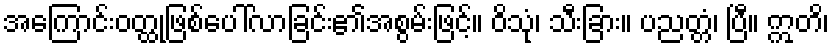
အကြောင်းဝတ္ထုဖြစ်ပေါ်လာခြင်း၏အစွမ်းဖြင့်။ ဝိသုံ၊ သီးခြား။ ပညတ္တံ၊ ပြီ။ ဣတိ၊